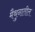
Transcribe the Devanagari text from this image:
मैथुनातील